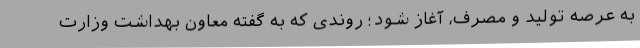
به عرصه تولید و مصرف، آغاز شود؛ روندی که به گفته معاون بهداشت وزارت